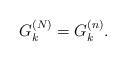
LaTeX: \begin{align*}G_k^{(N)}=G_k^{(n)}. \end{align*}